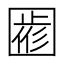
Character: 𡈖